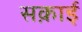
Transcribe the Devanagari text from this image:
सक़ाई